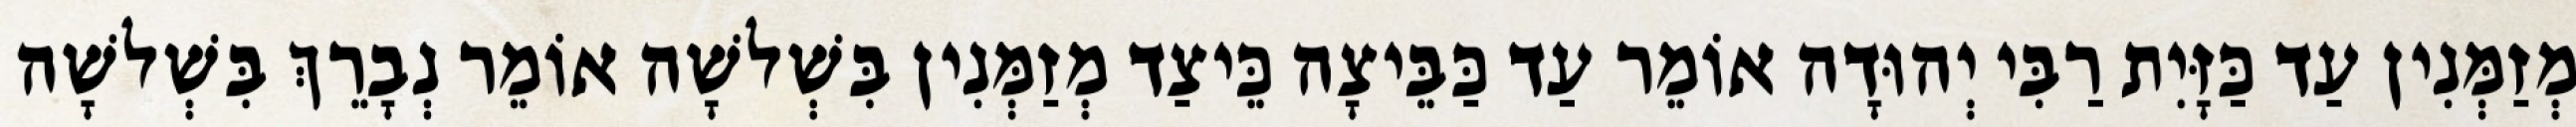
מְזַמְּנִין עַד כַּזָּיִת רַבִּי יְהוּדָה אוֹמֵר עַד כַּבֵּיצָה כֵּיצַד מְזַמְּנִין בִּשְׁלשָׁה אוֹמֵר נְבָרֵךְ בִּשְׁלשָׁה